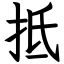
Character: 抵